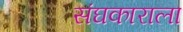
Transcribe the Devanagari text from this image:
संघकाराला